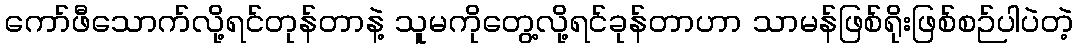
ကော်ဖီသောက်လို့ရင်တုန်တာနဲ့ သူမကိုတွေ့လို့ရင်ခုန်တာဟာ သာမန်ဖြစ်ရိုးဖြစ်စဉ်ပါပဲတဲ့